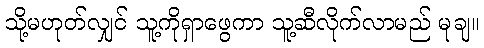
သို့မဟုတ်လျှင် သူ့ကိုရှာဖွေကာ သူ့ဆီလိုက်လာမည် မုချ။